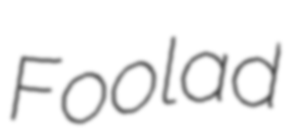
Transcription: Foolad